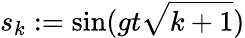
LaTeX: s_{k}:=\sin(gt\sqrt{k+1})